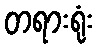
တရားရုံး